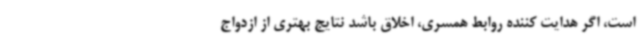
است، اگر هدایت کننده روابط همسری، اخلاق باشد نتایج بهتری از ازدواج